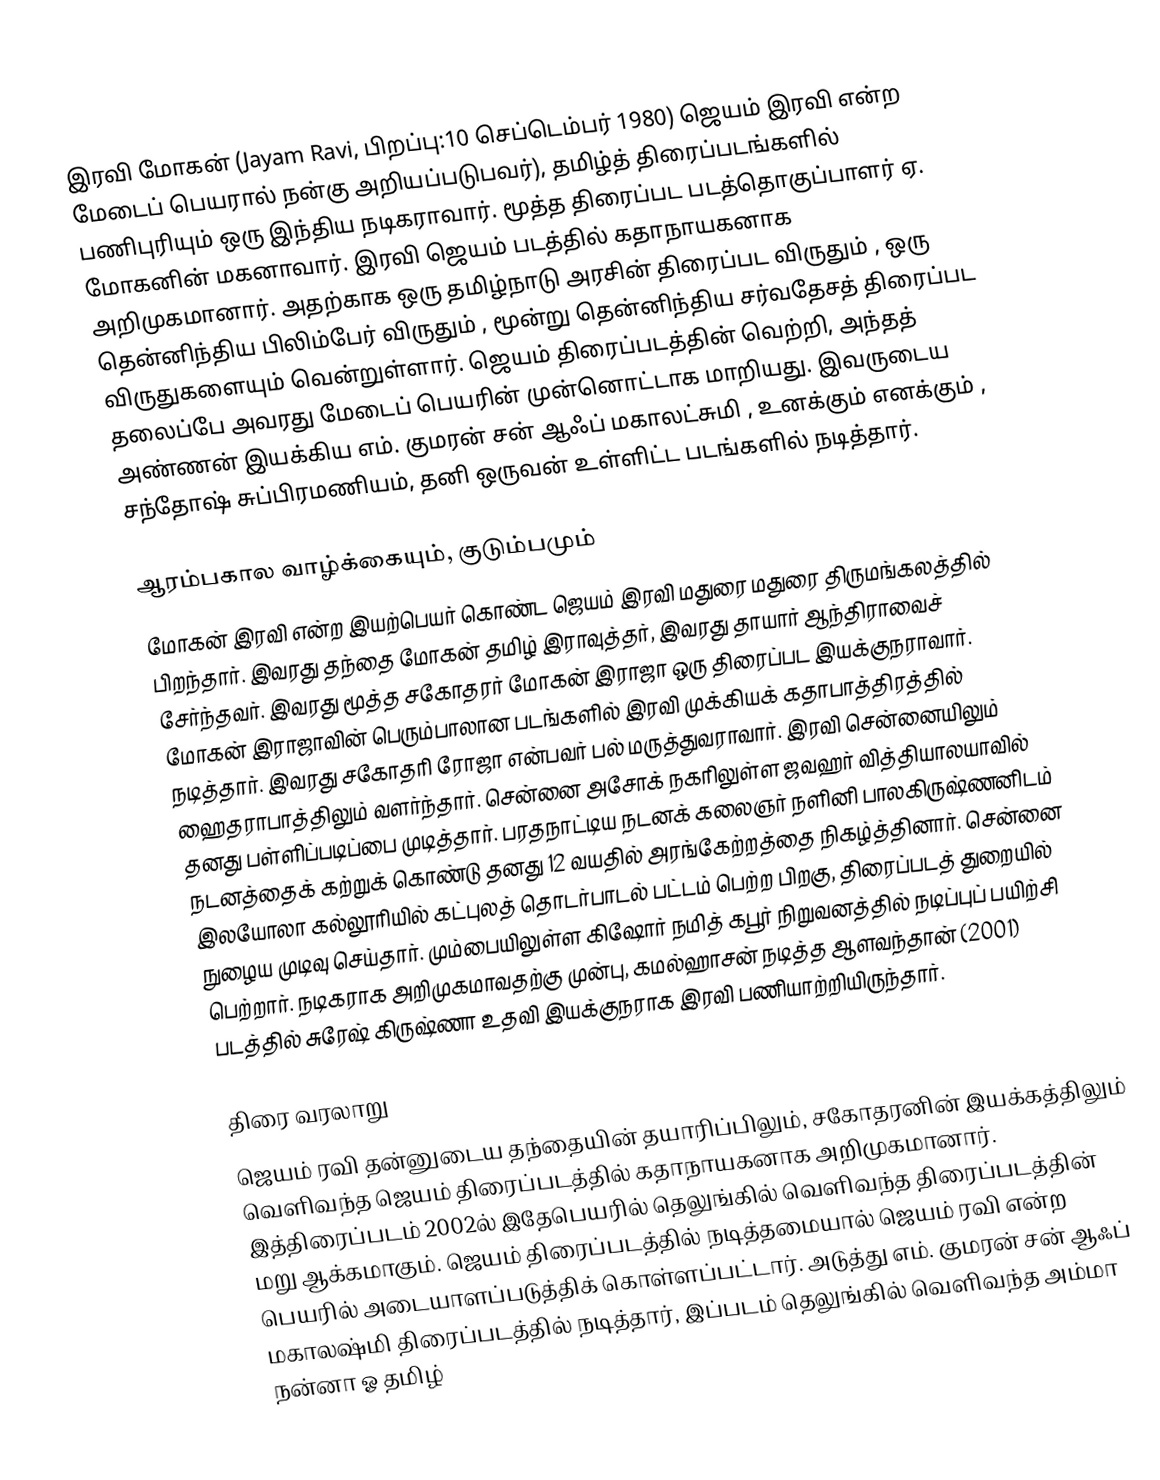
இரவி மோகன்  (Jayam Ravi, பிறப்பு:10 செப்டெம்பர் 1980) ஜெயம் இரவி என்ற மேடைப் பெயரால் நன்கு அறியப்படுபவர்), தமிழ்த் திரைப்படங்களில் பணிபுரியும் ஒரு இந்திய நடிகராவார். மூத்த திரைப்பட படத்தொகுப்பாளர்  ஏ. மோகனின் மகனாவார். இரவி ஜெயம் படத்தில் கதாநாயகனாக அறிமுகமானார். அதற்காக ஒரு தமிழ்நாடு அரசின் திரைப்பட விருதும் ,  ஒரு தென்னிந்திய பிலிம்பேர் விருதும் ,  மூன்று தென்னிந்திய சர்வதேசத் திரைப்பட விருதுகளையும் வென்றுள்ளார்.  ஜெயம் திரைப்படத்தின் வெற்றி, அந்தத் தலைப்பே அவரது மேடைப் பெயரின் முன்னொட்டாக மாறியது. இவருடைய அண்ணன் இயக்கிய எம். குமரன் சன் ஆஃப் மகாலட்சுமி , உனக்கும் எனக்கும் , சந்தோஷ் சுப்பிரமணியம், தனி ஒருவன் உள்ளிட்ட படங்களில் நடித்தார்.

ஆரம்பகால வாழ்க்கையும், குடும்பமும்
மோகன் இரவி என்ற இயற்பெயர் கொண்ட ஜெயம் இரவி மதுரை மதுரை திருமங்கலத்தில் பிறந்தார். இவரது தந்தை மோகன் தமிழ் இராவுத்தர், இவரது தாயார் ஆந்திராவைச் சேர்ந்தவர். இவரது மூத்த சகோதரர் மோகன் இராஜா ஒரு திரைப்பட இயக்குநராவார். மோகன் இராஜாவின் பெரும்பாலான படங்களில் இரவி முக்கியக் கதாபாத்திரத்தில் நடித்தார். இவரது சகோதரி ரோஜா என்பவர் பல் மருத்துவராவார். இரவி சென்னையிலும் ஹைதராபாத்திலும் வளர்ந்தார். சென்னை அசோக் நகரிலுள்ள ஜவஹர் வித்தியாலயாவில் தனது பள்ளிப்படிப்பை முடித்தார். பரதநாட்டிய நடனக் கலைஞர் நளினி பாலகிருஷ்ணனிடம் நடனத்தைக் கற்றுக் கொண்டு தனது 12 வயதில் அரங்கேற்றத்தை நிகழ்த்தினார். சென்னை இலயோலா கல்லூரியில் கட்புலத் தொடர்பாடல் பட்டம் பெற்ற பிறகு, திரைப்படத் துறையில் நுழைய முடிவு செய்தார். மும்பையிலுள்ள கிஷோர் நமித் கபூர் நிறுவனத்தில் நடிப்புப் பயிற்சி பெற்றார். நடிகராக அறிமுகமாவதற்கு முன்பு, கமல்ஹாசன் நடித்த ஆளவந்தான் (2001) படத்தில் சுரேஷ் கிருஷ்ணா உதவி இயக்குநராக இரவி பணியாற்றியிருந்தார்.

திரை வரலாறு
ஜெயம் ரவி தன்னுடைய தந்தையின் தயாரிப்பிலும், சகோதரனின் இயக்கத்திலும் வெளிவந்த ஜெயம் திரைப்படத்தில் கதாநாயகனாக அறிமுகமானார். இத்திரைப்படம் 2002ல் இதேபெயரில் தெலுங்கில் வெளிவந்த திரைப்படத்தின் மறு ஆக்கமாகும். ஜெயம் திரைப்படத்தில் நடித்தமையால் ஜெயம் ரவி என்ற பெயரில் அடையாளப்படுத்திக் கொள்ளப்பட்டார். அடுத்து எம். குமரன் சன் ஆஃப் மகாலஷ்மி திரைப்படத்தில் நடித்தார், இப்படம் தெலுங்கில் வெளிவந்த அம்மா நன்னா ஓ தமிழ்